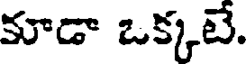
కూడా ఒక్కటే.